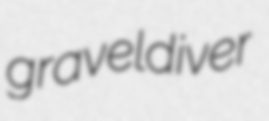
graveldiver